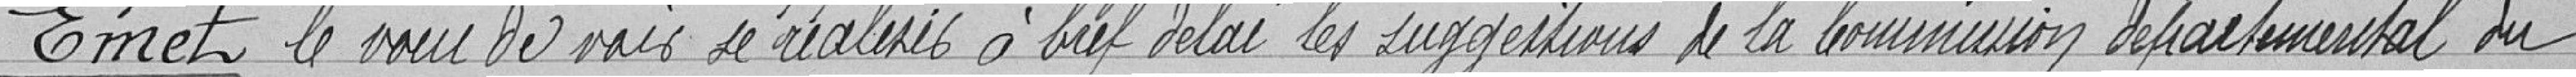
Émet le vœu de voir se réaliser à bref délai les suggestion de la commission départementale du